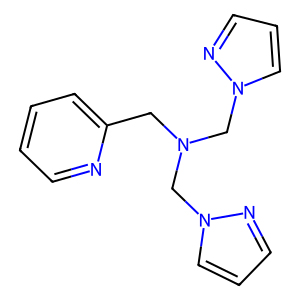
SMILES: c1ccc(CN(Cn2cccn2)Cn2cccn2)nc1
Inhibits HIV replication: No